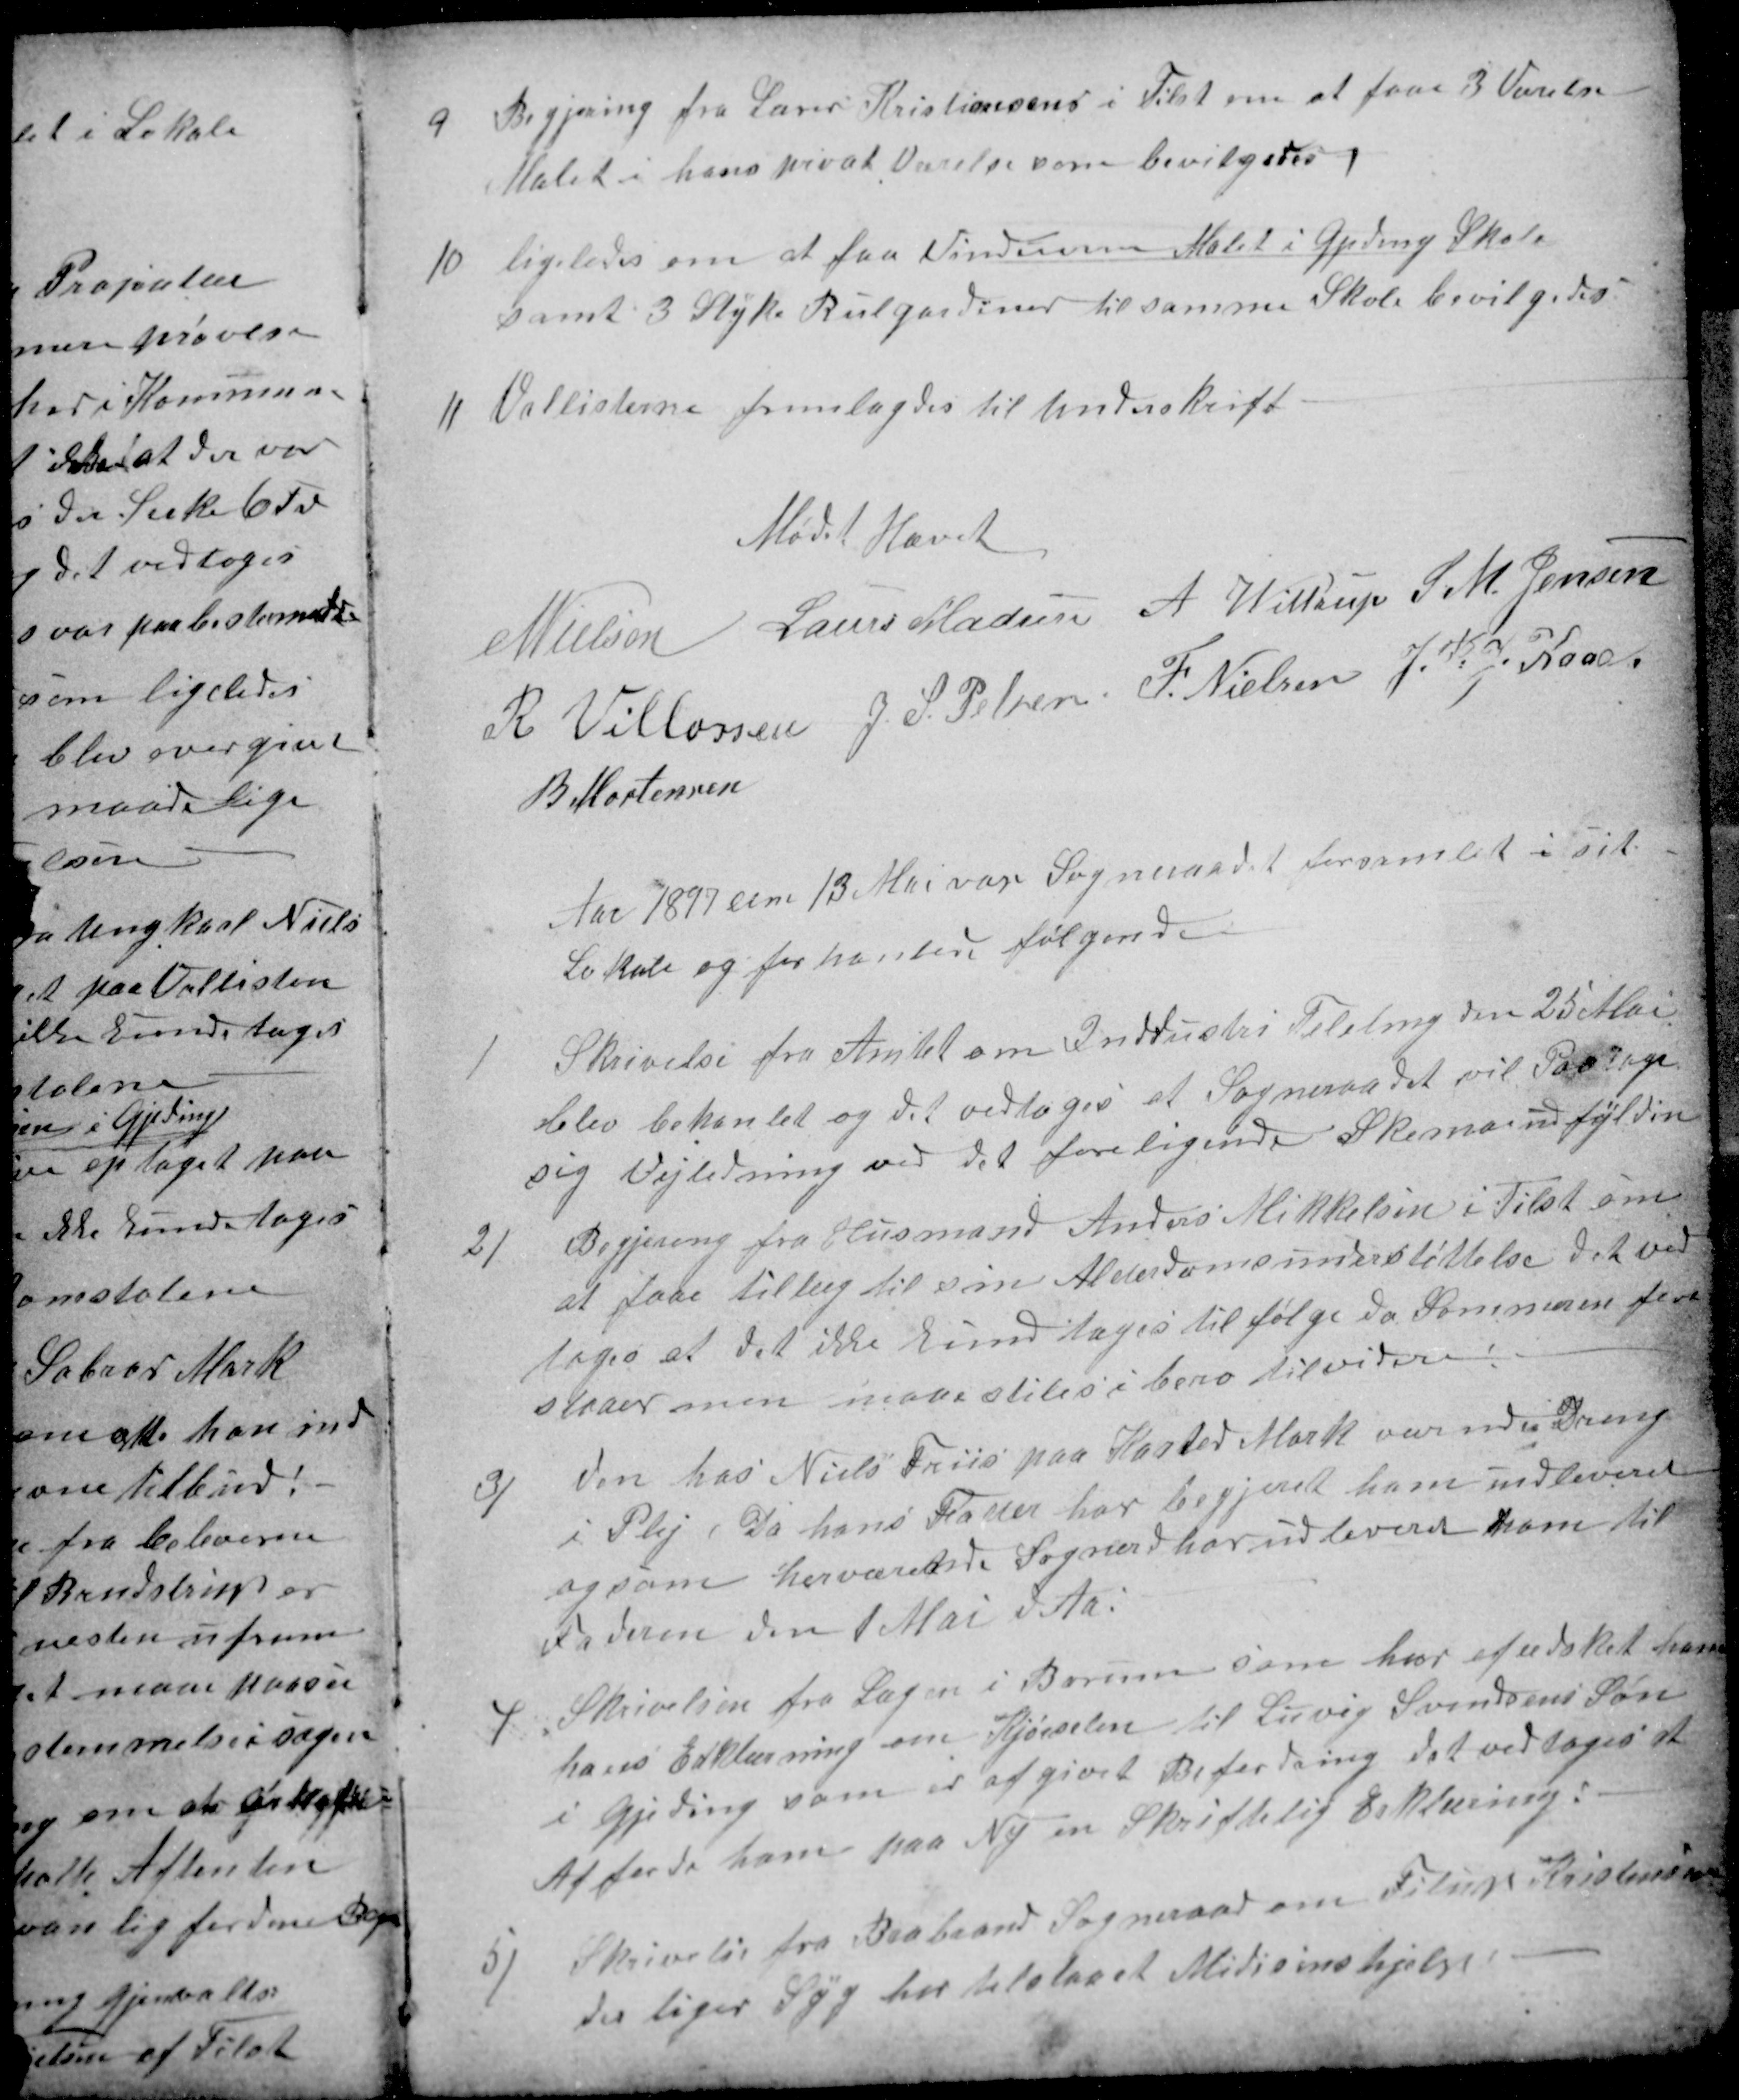
Transskription:
9
Begjering fra Lærer Kristiansen i Tilst om at faae 3 Værelser
Malet i hans privat Værelse som bevilgedes
10
ligeledes om at faa Vinduerne Malet i Gjeding Skole
samt 3 Styks Rulgardiner til samme Skole bevilgedes
11.
Vallisterne fremlagdes til Underskrift
Mødet Hævet
N Nielsen
Laurs Madsen
A. Wittrup
S. M. Jensen
R Villassen
J. S. Pelsen
F. Nielsen
J. P. J. Kaae
B Mortensen
Aar 1897 den 13 Mai var Sogneraadet forsamlet i sit
Lokale og forhanlede følgende
1
Skrivelse fra Amtet om Inddustri Teleling den 25 Mai
blev behanlet og det vedtoges at Sogneraadet vil Paatage
sig Vejledning ved det foreligende Skemas udfylding
2/
Begjering fra Husmand Anders Mikkelsen i Tilst om
at faae tillæg til sin Alderdomsunderstøttelse det ved
toges at det ikke kund tages til følge da Sommeren fore
staaer men maa stiles i bero til videre!
3/
den hos Niels Friis paa Kasted Mark værende Dreng
i Plej, Da hans Fader har begjeret ham udleveret
og som herværende Sognerd har udleveret ham til
Faderen den 1 Mai d Aa!
4
Skrivelsen fra Lægen i Borum som har afædsket ham
hans Erklærning om Kjørselen til Luvig Svendsens Søn
i Gjeding som er afgivet Befordring det vedtoges at
Afforde ham paa Ny en Skriftelig Erklæring:
5/
Skrivelse fra Brabrand Sogneraad om Filup Kristensen
der liger syg har tilstaaet Midicinshjelp